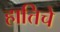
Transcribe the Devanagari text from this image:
हात्तिचे